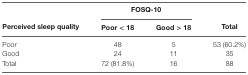
<table><thead><tr><td>[EMPTY_CELL]</td><td colspan="2"><b>FOSQ-10</b></td><td>[EMPTY_CELL]</td></tr><tr><td><b>Perceived sleep quality</b></td><td><b>Poor &lt; 18</b></td><td><b>Good &gt; 18</b></td><td><b>Total</b></td></tr></thead><tbody><tr><td>Poor</td><td>48</td><td>5</td><td>53 (60.2%)</td></tr><tr><td>Good</td><td>24</td><td>11</td><td>35</td></tr><tr><td>Total</td><td>72 (81.8%)</td><td>16</td><td>88</td></tr></tbody></table>